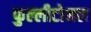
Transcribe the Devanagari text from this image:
फुल्लीटोनल